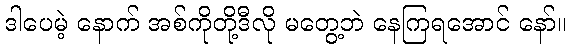
ဒါပေမဲ့ နောက် အစ်ကိုတို့ဒီလို မတွေ့ဘဲ နေကြရအောင် နော်။